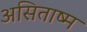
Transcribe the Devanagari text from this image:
असिताष्म